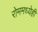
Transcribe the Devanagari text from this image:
रोममध्येही